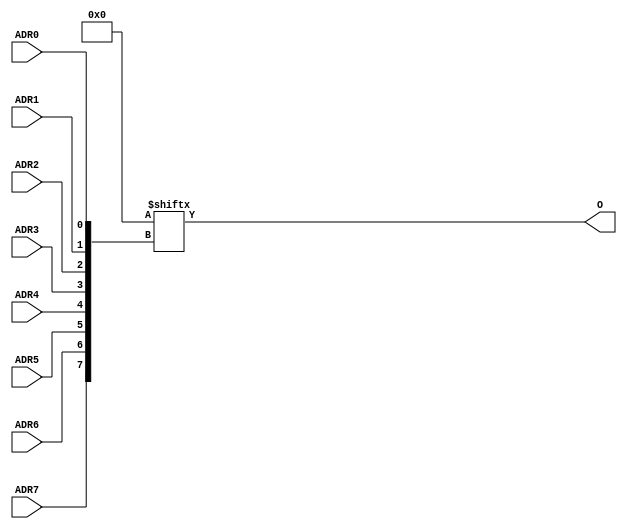
//    Xilinx Proprietary Primitive Cell X_LUT8 for Verilog
//
// $Header: /devl/xcs/repo/env/Databases/CAEInterfaces/verplex_libs/data/simprims/X_LUT8.v,v 1.3.198.3 2004/09/28 20:47:46 wloo Exp $
//

`celldefine
`timescale 1 ps/1 ps

module X_LUT8 (O, ADR0, ADR1, ADR2, ADR3, ADR4, ADR5, ADR6, ADR7);

  parameter INIT = 256'h0000000000000000000000000000000000000000000000000000000000000000;

  output O;
  input ADR0, ADR1, ADR2, ADR3, ADR4, ADR5, ADR6, ADR7;

	assign O = INIT[{ADR7,ADR6,ADR5,ADR4,ADR3,ADR2,ADR1,ADR0}];

endmodule